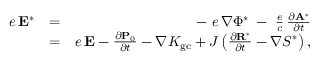
\begin{array} { r l r } { e \, { \bf E } ^ { * } } & { = } & { - \; e \, \nabla \Phi ^ { * } \; - \; \frac { e } { c } \, \frac { \partial { \bf A } ^ { * } } { \partial t } } \\ & { = } & { e \, { \bf E } - \frac { \partial { \bf P } _ { 0 } } { \partial t } - \nabla K _ { \mathrm { g c } } + J \left( \frac { \partial { \bf R } ^ { * } } { \partial t } - \nabla { \cal S } ^ { * } \right) , } \end{array}